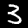
Digit: 3